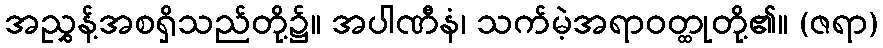
အညွှန့်အစရှိသည်တို့၌။ အပါဏီနံ၊ သက်မဲ့အရာဝတ္ထုတို့၏။ (ဇရာ)